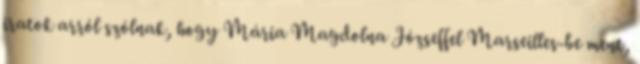
iratok arról szólnak, hogy Mária Magdolna Józseffel Marseilles-be ment,